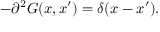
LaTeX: - \partial ^ { 2 } G ( x , x ^ { \prime } ) = \delta ( x - x ^ { \prime } ) .